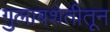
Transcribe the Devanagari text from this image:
गुलाबशेतीतून